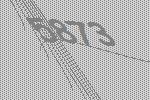
5873